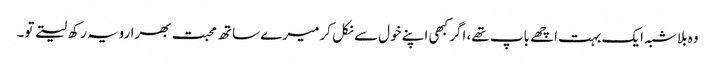
وہ بلاشبہ ایک بہت اچھے باپ تھے، اگر کبھی اپنے خول سے نکل کر میرے ساتھ محبت بھرا رویہ رکھ لیتے تو۔